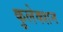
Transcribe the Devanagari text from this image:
कुलेक्शन